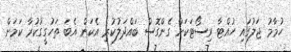
ހުމާމު ޖަލުގައި ހުއްޓާ ރިސޯޓަކަށް ގެންގޮސް ބައްދަލުކުރި އެކަން އެބަ ތަހުގީގުކުރާ ކަމަށް